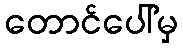
တောင်ပေါ်မှ